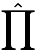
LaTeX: \hat{\prod}